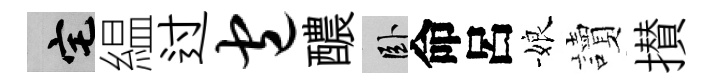
宅緼过包醲卧命呂娘讀攅